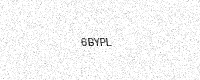
Text: 6BYPL